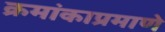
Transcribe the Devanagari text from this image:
क्रमांकाप्रमाणे